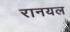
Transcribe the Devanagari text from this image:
रानयल